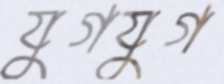
যুগযুগ